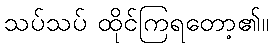
သပ်သပ် ထိုင်ကြရတော့၏။